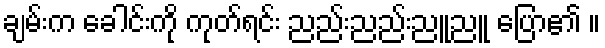
ချမ်းက ခေါင်းကို ကုတ်ရင်း ညည်းညည်းညူညူ ပြော၏ ။